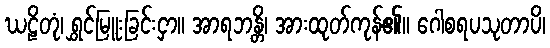
ဃဠိတုံ၊ ရွှင်မြူးခြင်းငှာ။ အာရဘန္တိ၊ အားထုတ်ကုန်၏။ ဂေါစရပသုတာပိ၊